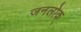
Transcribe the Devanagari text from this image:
जनलोक्